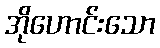
အိုဟောင်းသော